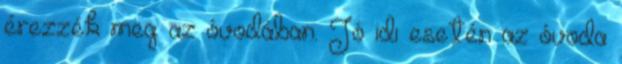
érezzék meg az óvodában. Jó idı esetén az óvoda